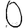
Digit: 0